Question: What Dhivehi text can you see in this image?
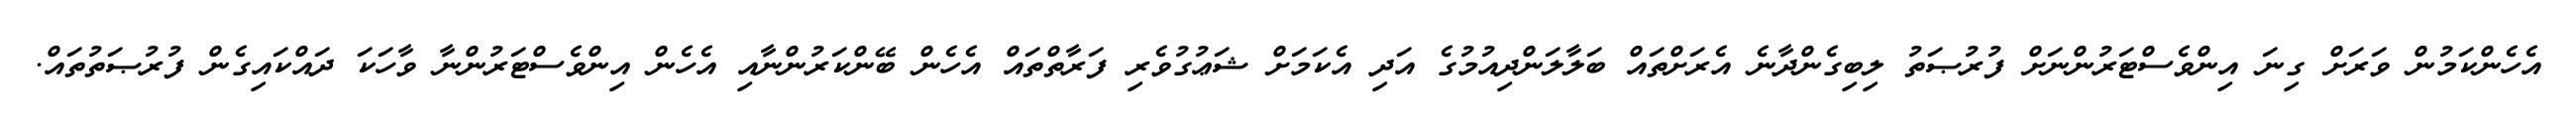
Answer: އެހެންކަމުން ވަރަށް ގިނަ އިންވެސްޓަރުންނަށް ފުރުޞަތު ލިބިގެންދާނެ އެރަށްތައް ބަލާލަންދިއުމުގެ އަދި އެކަމަށް ޝަޢުގުވެރި ފަރާތްތައް އެހެން ބޭންކަރުންނާއި އެހެން އިންވެސްޓަރުންނާ ވާހަކަ ދައްކައިގެން ފުރުޞަތުތައް.